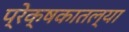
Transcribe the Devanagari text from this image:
प्रेक्षकातल्या